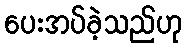
ပေးအပ်ခဲ့သည်ဟု